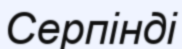
Серпінді